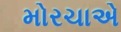
મોરચાએ